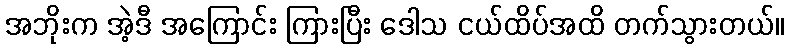
အဘိုးက အဲ့ဒီ အကြောင်း ကြားပြီး ဒေါသ ငယ်ထိပ်အထိ တက်သွားတယ်။